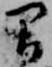
間